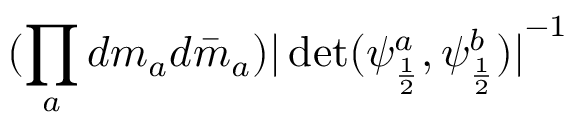
( \prod _ { a } d m _ { a } d \bar { m } _ { a } ) { \vert \operatorname * { d e t } ( \psi _ { \frac { 1 } { 2 } } ^ { a } , \psi _ { \frac { 1 } { 2 } } ^ { b } ) \vert } ^ { - 1 }